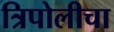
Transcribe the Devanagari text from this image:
त्रिपोलीचा